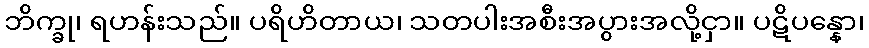
ဘိက္ခု၊ ရဟန်းသည်။ ပရိဟိတာယ၊ သတပါးအစီးအပွားအလို့ငှာ။ ပဋိပန္နော၊